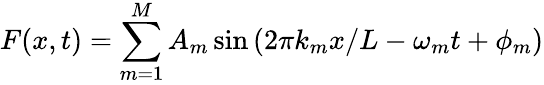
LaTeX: F(x,t)=\sum_{m=1}^{M}A_{m}\sin{(2\pi k_{m}x/L-\omega_{m}t+\phi_{m})}